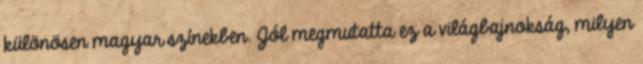
különösen magyar színekben. Jól megmutatta ez a világbajnokság, milyen